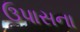
ઉપાસના